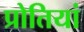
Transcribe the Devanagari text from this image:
प्रोतियां